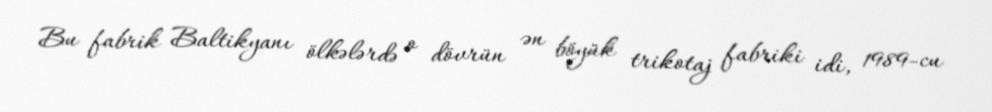
Bu fabrik Baltikyanı ölkələrdə o dövrün ən böyük trikotaj fabriki idi, 1989-cu